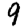
Digit: 9